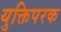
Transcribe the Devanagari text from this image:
युक्तिपरक